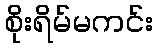
စိုးရိမ်မကင်း